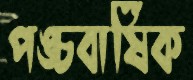
পঙ্চবার্ষিক